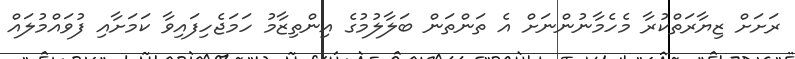
ރަށަށް ޒިޔާރަތްކުރާ މެހެމާނުންނަށް އެ ތަންތަން ބަލާލުމުގެ އިންތިޒާމު ހަމަޖެހިފައިވާ ކަމަށާއި ފުވައްމުލައް